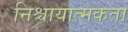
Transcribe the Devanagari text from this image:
निश्चायात्मकता